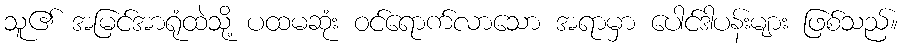
သူ၏ အမြင်အာရုံထဲသို့ ပထမဆုံး ဝင်ရောက်လာသော အရာမှာ ပေါင်ဒါပန်းများ ဖြစ်သည်။